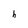
Character: h